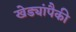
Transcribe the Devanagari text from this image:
खेड्यांपैकी